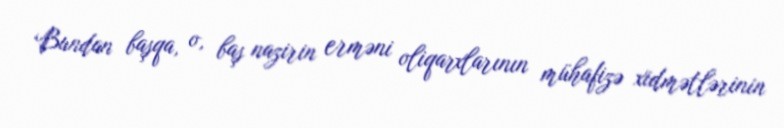
Bundan başqa, o, baş nazirin erməni oliqarxlarının mühafizə xidmətlərinin